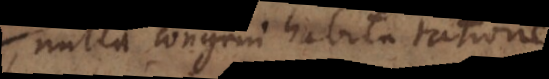
nulla congrui habita ratione,